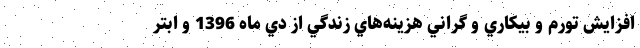
افزايش تورم و بيكاري و گراني هزينه‌هاي زندگي از دي ماه 1396 و ابتر